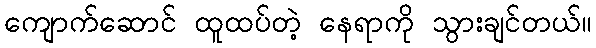
ကျောက်ဆောင် ထူထပ်တဲ့ နေရာကို သွားချင်တယ်။